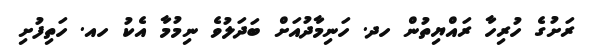
ރަށުގެ ހުރިހާ ރައްޔިތުން ހދ. ހަނިމާދުއަށް ބަދަލުވެ ނިމުމާ އެކު ހއ. ހަތިފުށި